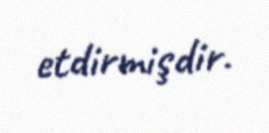
etdirmişdir.